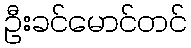
ဦးခင်မောင်တင်